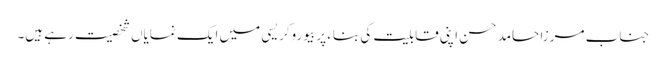
جناب مرزا حامد حسن اپنی قابلیت کی بناء پر بیوروکریسی میں ایک نمایاں شخصیت رہے ہیں۔